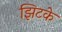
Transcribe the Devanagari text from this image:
झिटके